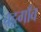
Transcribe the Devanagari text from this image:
चट्टगाँव